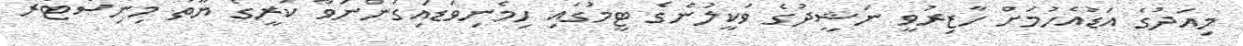
މިއަދުގެ އަޑުއެހުމަށް ހާޒިރުވީ ނަޝީދުގެ ވަކީލުންގެ ޓީމުގައި ހިމެނިވަޑައިގަންނަވާ ކުރީގެ ޔޫތު މިނިސްޓަރު